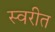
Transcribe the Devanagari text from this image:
स्वरीत